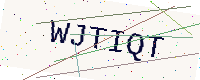
Text: WJTIQT